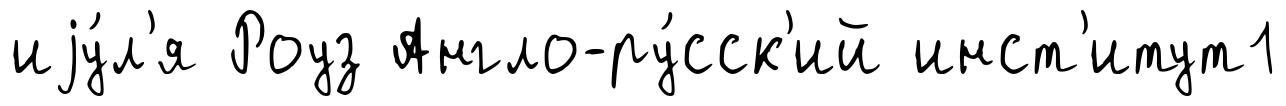
иjу́л'я Роуз Англо-ру́сск'ий инст'итут1